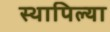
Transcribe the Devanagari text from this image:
स्थापिल्या